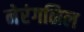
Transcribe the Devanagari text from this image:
नेरंगळिल